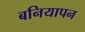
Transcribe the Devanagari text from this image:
बनियापन